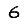
Digit: 6